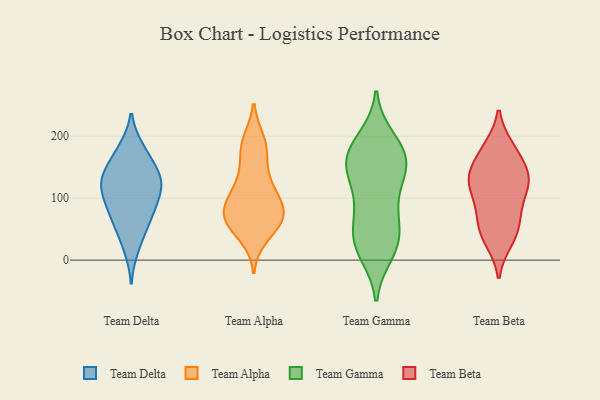
{"axis": {"x": "LTV (USD)", "y": "Value"}, "legend": ["Team Alpha", "Team Beta", "Team Delta", "Team Gamma"], "data": [{"x": "", "y": 127, "type": "Team Delta"}, {"x": "", "y": 95, "type": "Team Delta"}, {"x": "", "y": 133, "type": "Team Delta"}, {"x": "", "y": 178, "type": "Team Delta"}, {"x": "", "y": 54, "type": "Team Delta"}, {"x": "", "y": 74, "type": "Team Delta"}, {"x": "", "y": 141, "type": "Team Delta"}, {"x": "", "y": 94, "type": "Team Delta"}, {"x": "", "y": 151, "type": "Team Delta"}, {"x": "", "y": 119, "type": "Team Delta"}, {"x": "", "y": 97, "type": "Team Delta"}, {"x": "", "y": 181, "type": "Team Delta"}, {"x": "", "y": 53, "type": "Team Delta"}, {"x": "", "y": 17, "type": "Team Delta"}, {"x": "", "y": 131, "type": "Team Delta"}, {"x": "", "y": 67, "type": "Team Alpha"}, {"x": "", "y": 79, "type": "Team Alpha"}, {"x": "", "y": 69, "type": "Team Alpha"}, {"x": "", "y": 162, "type": "Team Alpha"}, {"x": "", "y": 125, "type": "Team Alpha"}, {"x": "", "y": 188, "type": "Team Alpha"}, {"x": "", "y": 182, "type": "Team Alpha"}, {"x": "", "y": 192, "type": "Team Alpha"}, {"x": "", "y": 90, "type": "Team Alpha"}, {"x": "", "y": 90, "type": "Team Alpha"}, {"x": "", "y": 83, "type": "Team Alpha"}, {"x": "", "y": 54, "type": "Team Alpha"}, {"x": "", "y": 112, "type": "Team Alpha"}, {"x": "", "y": 39, "type": "Team Alpha"}, {"x": "", "y": 62, "type": "Team Alpha"}, {"x": "", "y": 63, "type": "Team Alpha"}, {"x": "", "y": 125, "type": "Team Alpha"}, {"x": "", "y": 146, "type": "Team Gamma"}, {"x": "", "y": 167, "type": "Team Gamma"}, {"x": "", "y": 154, "type": "Team Gamma"}, {"x": "", "y": 146, "type": "Team Gamma"}, {"x": "", "y": 182, "type": "Team Gamma"}, {"x": "", "y": 107, "type": "Team Gamma"}, {"x": "", "y": 73, "type": "Team Gamma"}, {"x": "", "y": 197, "type": "Team Gamma"}, {"x": "", "y": 30, "type": "Team Gamma"}, {"x": "", "y": 156, "type": "Team Gamma"}, {"x": "", "y": 10, "type": "Team Gamma"}, {"x": "", "y": 101, "type": "Team Gamma"}, {"x": "", "y": 138, "type": "Team Gamma"}, {"x": "", "y": 20, "type": "Team Gamma"}, {"x": "", "y": 15, "type": "Team Gamma"}, {"x": "", "y": 65, "type": "Team Gamma"}, {"x": "", "y": 45, "type": "Team Gamma"}, {"x": "", "y": 170, "type": "Team Gamma"}, {"x": "", "y": 45, "type": "Team Gamma"}, {"x": "", "y": 191, "type": "Team Gamma"}, {"x": "", "y": 134, "type": "Team Beta"}, {"x": "", "y": 68, "type": "Team Beta"}, {"x": "", "y": 125, "type": "Team Beta"}, {"x": "", "y": 74, "type": "Team Beta"}, {"x": "", "y": 136, "type": "Team Beta"}, {"x": "", "y": 111, "type": "Team Beta"}, {"x": "", "y": 132, "type": "Team Beta"}, {"x": "", "y": 166, "type": "Team Beta"}, {"x": "", "y": 93, "type": "Team Beta"}, {"x": "", "y": 37, "type": "Team Beta"}, {"x": "", "y": 181, "type": "Team Beta"}, {"x": "", "y": 32, "type": "Team Beta"}, {"x": "", "y": 180, "type": "Team Beta"}, {"x": "", "y": 48, "type": "Team Beta"}, {"x": "", "y": 134, "type": "Team Beta"}]}